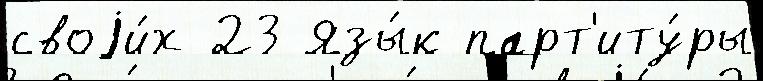
своjи́х 23 Язы́к парт'иту́ры